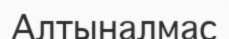
Алтыналмас